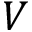
V